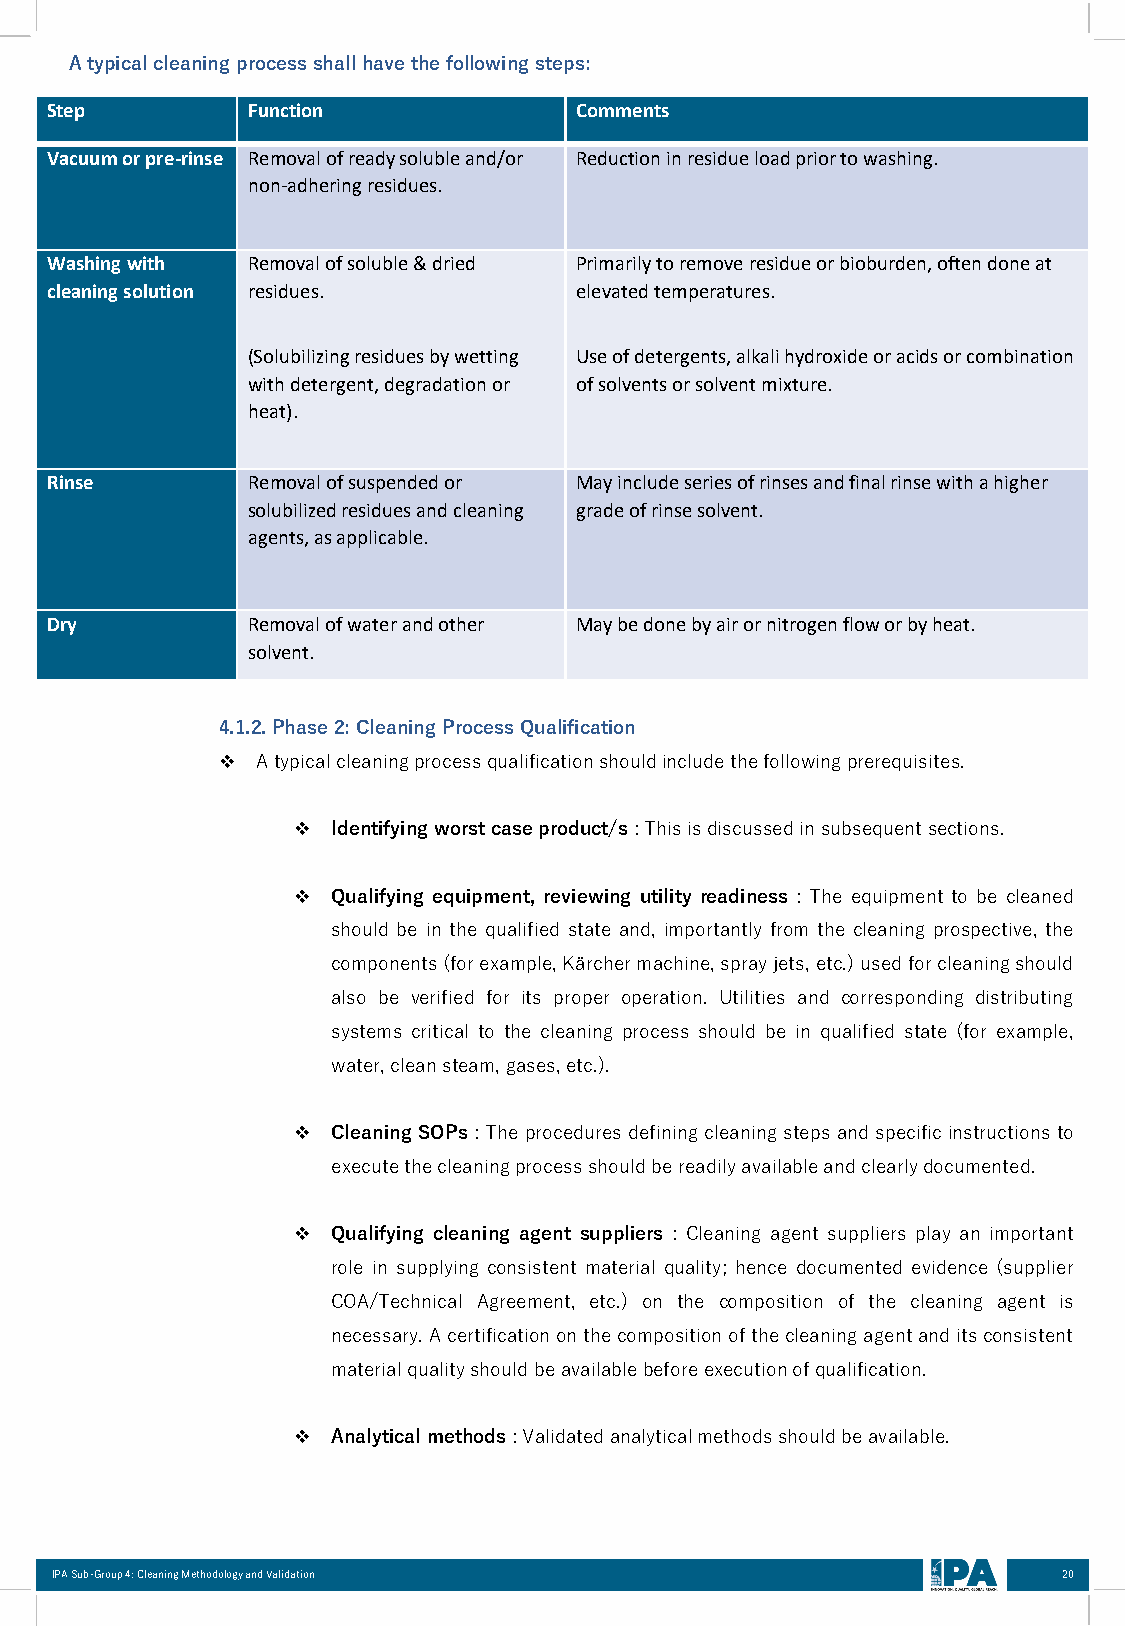
Atypicalcleaning processshallhavethefollowing steps:
 Step         Function              Comments
 Vacuum or pre-rinse Removal of ready soluble and/or Reduction in residue load prior to washing.
 non-adhering residues.
 Washing with Removal of soluble & dried Primarily to remove residue or bioburden, often done at
 cleaning solution residues.        elevated temperatures.
 (Solubilizing residues by wetting Use of detergents, alkali hydroxide or acids or combination
 with detergent, degradation or of solvents or solvent mixture.
 heat).
 Rinse        Removal of suspended or May include series of rinses and final rinse with a higher
 solubilized residues and cleaning grade of rinse solvent.
 agents, as applicable.
 Dry          Removal of water and other May be done by air or nitrogen flow or by heat.
 solvent.
 4.1.2.Phase2:CleaningProcessQualification
 ❖  Atypicalcleaningprocessqualificationshouldincludethefollowingprerequisites.
 ❖  Identifyingworstcaseproduct/s:Thisisdiscussedinsubsequentsections.
 ❖  Qualifying equipment, reviewing utility readiness : The equipment to be cleaned
 should be in the qualified state and, importantly from the cleaning prospective, the
 components(forexample,Kärchermachine,sprayjets,etc.)usedforcleaningshould
 also be verified for its proper operation. Utilities and corresponding distributing
 systems critical to the cleaning process should be in qualified state (for example,
 water,cleansteam,gases,etc.).
 ❖  Cleaning SOPs :Theprocedures definingcleaningsteps andspecificinstructions to
 executethecleaningprocessshouldbereadilyavailableandclearlydocumented.
 ❖  Qualifying cleaning agent suppliers : Cleaning agent suppliers play an important
 role in supplying consistent material quality; hence documented evidence (supplier
 COA/Technical Agreement, etc.) on the composition of the cleaning agent is
 necessary.Acertificationonthecompositionofthecleaningagentanditsconsistent
 materialqualityshouldbeavailablebeforeexecutionofqualification.
 ❖  Analyticalmethods:Validatedanalyticalmethodsshouldbeavailable.
 IPA Sub-Group 4: Cleaning Methodology and Validation               20